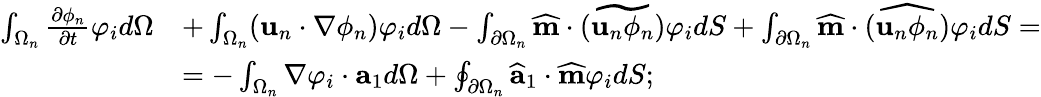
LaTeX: \begin{array}{rl}{\int_{\Omega_{n}}\frac{\partial\phi_{n}}{\partial t}\varphi_{i}d\Omega}&{+\int_{\Omega_{n}}(\textbf{u}_{n}\cdot\nabla\phi_{n})\varphi_{i}d\Omega-\int_{\partial\Omega_{n}}\widehat{\textbf{m}}\cdot\widetilde{(\textbf{u}_{n}\phi_{n})}\varphi_{i}dS+\int_{\partial\Omega_{n}}\widehat{\textbf{m}}\cdot\widehat{(\textbf{u}_{n}\phi_{n})}\varphi_{i}dS=}\\ &{=-\int_{\Omega_{n}}\nabla\varphi_{i}\cdot\textbf{a}_{1}d\Omega+\oint_{\partial\Omega_{n}}\widehat{\textbf{a}}_{1}\cdot\widehat{\textbf{m}}\varphi_{i}dS;}\end{array}